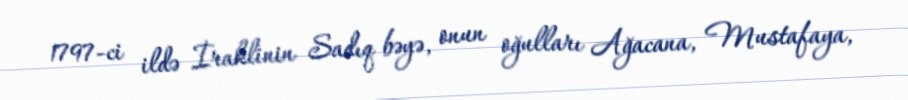
1797-ci ildə İraklinin Sadıq bəyə, onun oğulları Ağacana, Mustafaya,